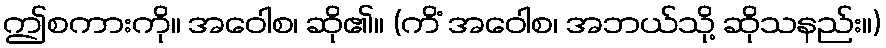
ဤစကားကို။ အဝေါစ၊ ဆို၏။ (ကိံ အဝေါစ၊ အဘယ်သို့ ဆိုသနည်း။)